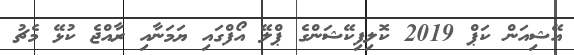
އޭޝިއަން ކަޕް 2019 ކޮލިފިކޭޝަންގެ ޕްލޭ އޯފްގައި ޔަމަނާއި ރާއްޖެ ކުޅޭ މެޗު